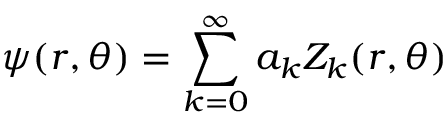
\psi ( r , \theta ) = \sum _ { k = 0 } ^ { \infty } a _ { k } Z _ { k } ( r , \theta )